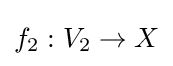
f_{2}:V_{2}\to X